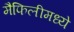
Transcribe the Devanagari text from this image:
मैफिलीमध्ये